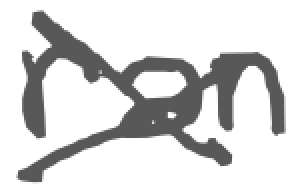
Text: ran
Cross-out: cross
Writing tool: digital_gray